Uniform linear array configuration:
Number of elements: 12
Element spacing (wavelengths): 0.5
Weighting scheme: hann
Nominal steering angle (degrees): -15
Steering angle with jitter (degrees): -15.781
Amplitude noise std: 0.05
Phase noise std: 0.05

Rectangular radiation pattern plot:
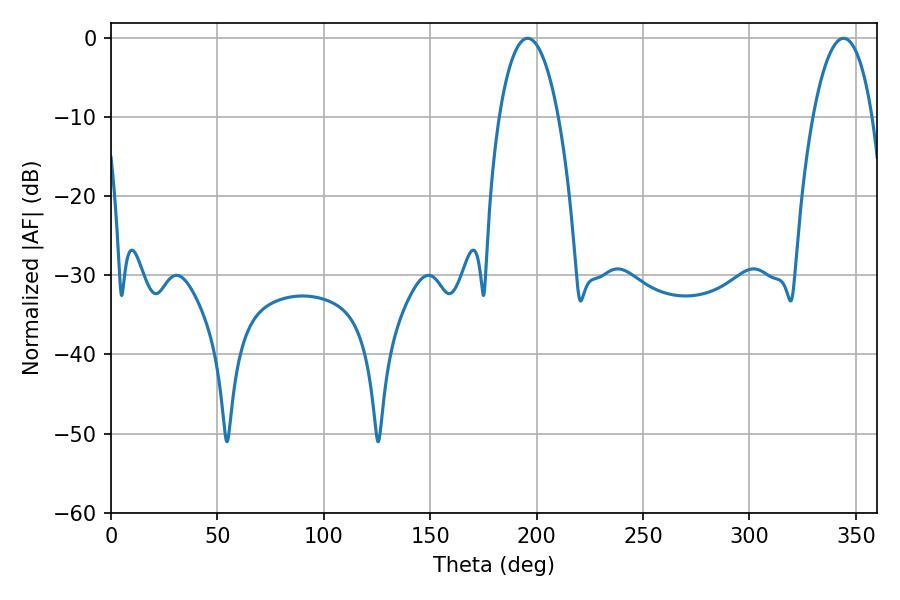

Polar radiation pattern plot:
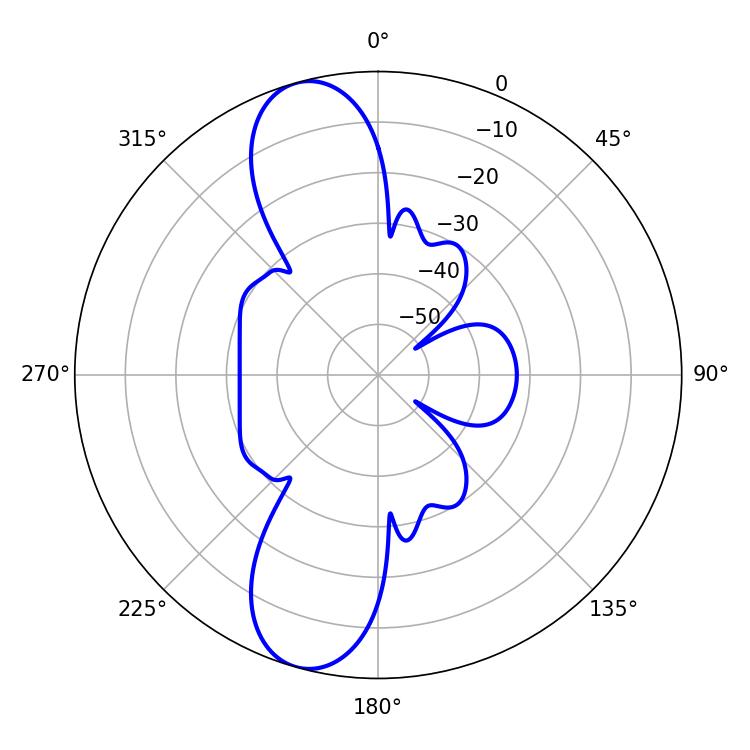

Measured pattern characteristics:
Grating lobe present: FALSE
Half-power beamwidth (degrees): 15.66
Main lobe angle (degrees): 195.84